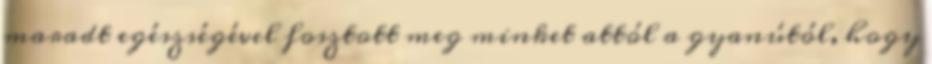
maradt egészségével fosztott meg minket attól a gyanútól, hogy